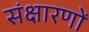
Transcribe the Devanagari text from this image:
संक्षारणों